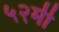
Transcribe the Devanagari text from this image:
५२मी